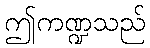
ဤကဏ္ဍသည်